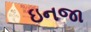
ઇનજા